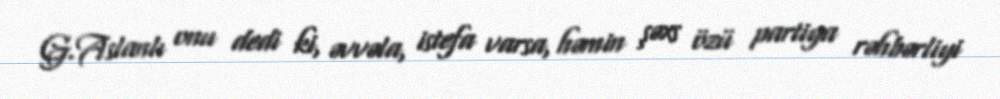
G.Aslanlı onu dedi ki, əvvəla, istefa varsa, həmin şəxs özü partiya rəhbərliyi